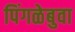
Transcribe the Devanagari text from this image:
पिंगळेबुवा